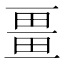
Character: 畺